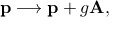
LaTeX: { \bf p } \longrightarrow { \bf p } + g { \bf A } ,